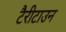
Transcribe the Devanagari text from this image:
टैरीटाउन